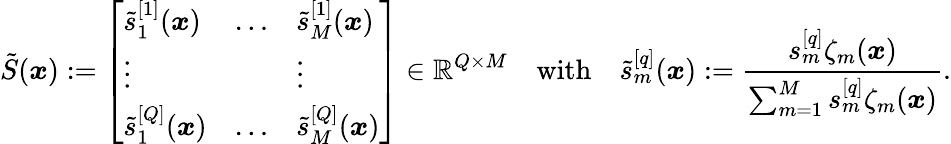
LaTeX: \tilde{S}(\boldsymbol{x}):=\left[\begin{array}{lll}{\tilde{s}_{1}^{[1]}(\boldsymbol{x})}&{\ldots}&{\tilde{s}_{M}^{[1]}(\boldsymbol{x})}\\ {\vdots}&&{\vdots}\\ {\tilde{s}_{1}^{[Q]}(\boldsymbol{x})}&{\ldots}&{\tilde{s}_{M}^{[Q]}(\boldsymbol{x})}\end{array}\right]\in\mathbb{R}^{Q\times M}\quad\mathrm{with}\quad\tilde{s}_{m}^{[q]}(\boldsymbol{x}):=\frac{s_{m}^{[q]}\zeta_{m}(\boldsymbol{x})}{\sum_{m=1}^{M}s_{m}^{[q]}\zeta_{m}(\boldsymbol{x})}.